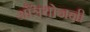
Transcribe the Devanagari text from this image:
आँत्रयोजनी